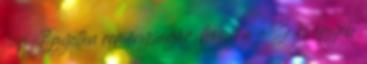
nap. Egyetlen reménysugár, hogy a a Z és egyéb